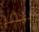
بيفر